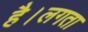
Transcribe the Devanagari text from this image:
है।लगता